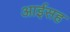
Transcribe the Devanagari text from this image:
आईसह